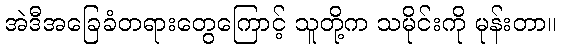
အဲဒီအခြေခံတရားတွေကြောင့် သူတို့က သမိုင်းကို မုန်းတာ။